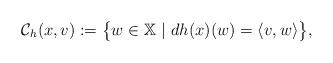
LaTeX: \begin{align*} \mathcal{C}_{h}(x,v):=\big\{w\in\mathbb{X}\ |\ dh(x)(w)=\langle v,w\rangle\big\}, \end{align*}